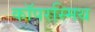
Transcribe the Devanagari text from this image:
कॉपरस्मिथ